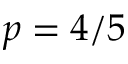
p = 4 / 5